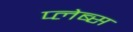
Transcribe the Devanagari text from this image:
प्लेब्स